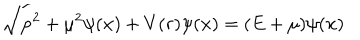
LaTeX: \sqrt { { \bf p } ^ { 2 } + { \mu } ^ { 2 } } \psi ( { \bf x } ) + V ( r ) \psi ( { \bf x } ) = ( E + { \mu } ) \psi ( { \bf x } )